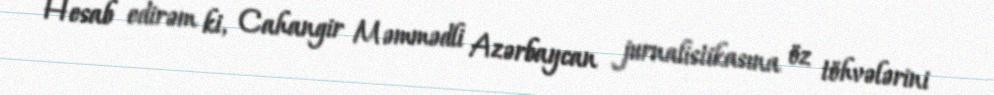
Hesab edirəm ki, Cahangir Məmmədli Azərbaycan jurnalistikasına öz töhvələrini